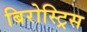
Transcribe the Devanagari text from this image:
बिरोस्ट्रिस